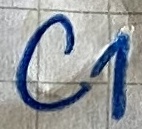
Text: C1